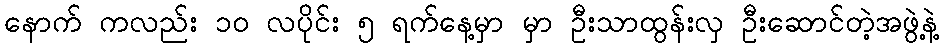
နောက် ကလည်း ၁ဝ လပိုင်း ၅ ရက်နေ့မှာ မှာ ဦးသာထွန်းလှ ဦးဆောင်တဲ့အဖွဲ့နဲ့